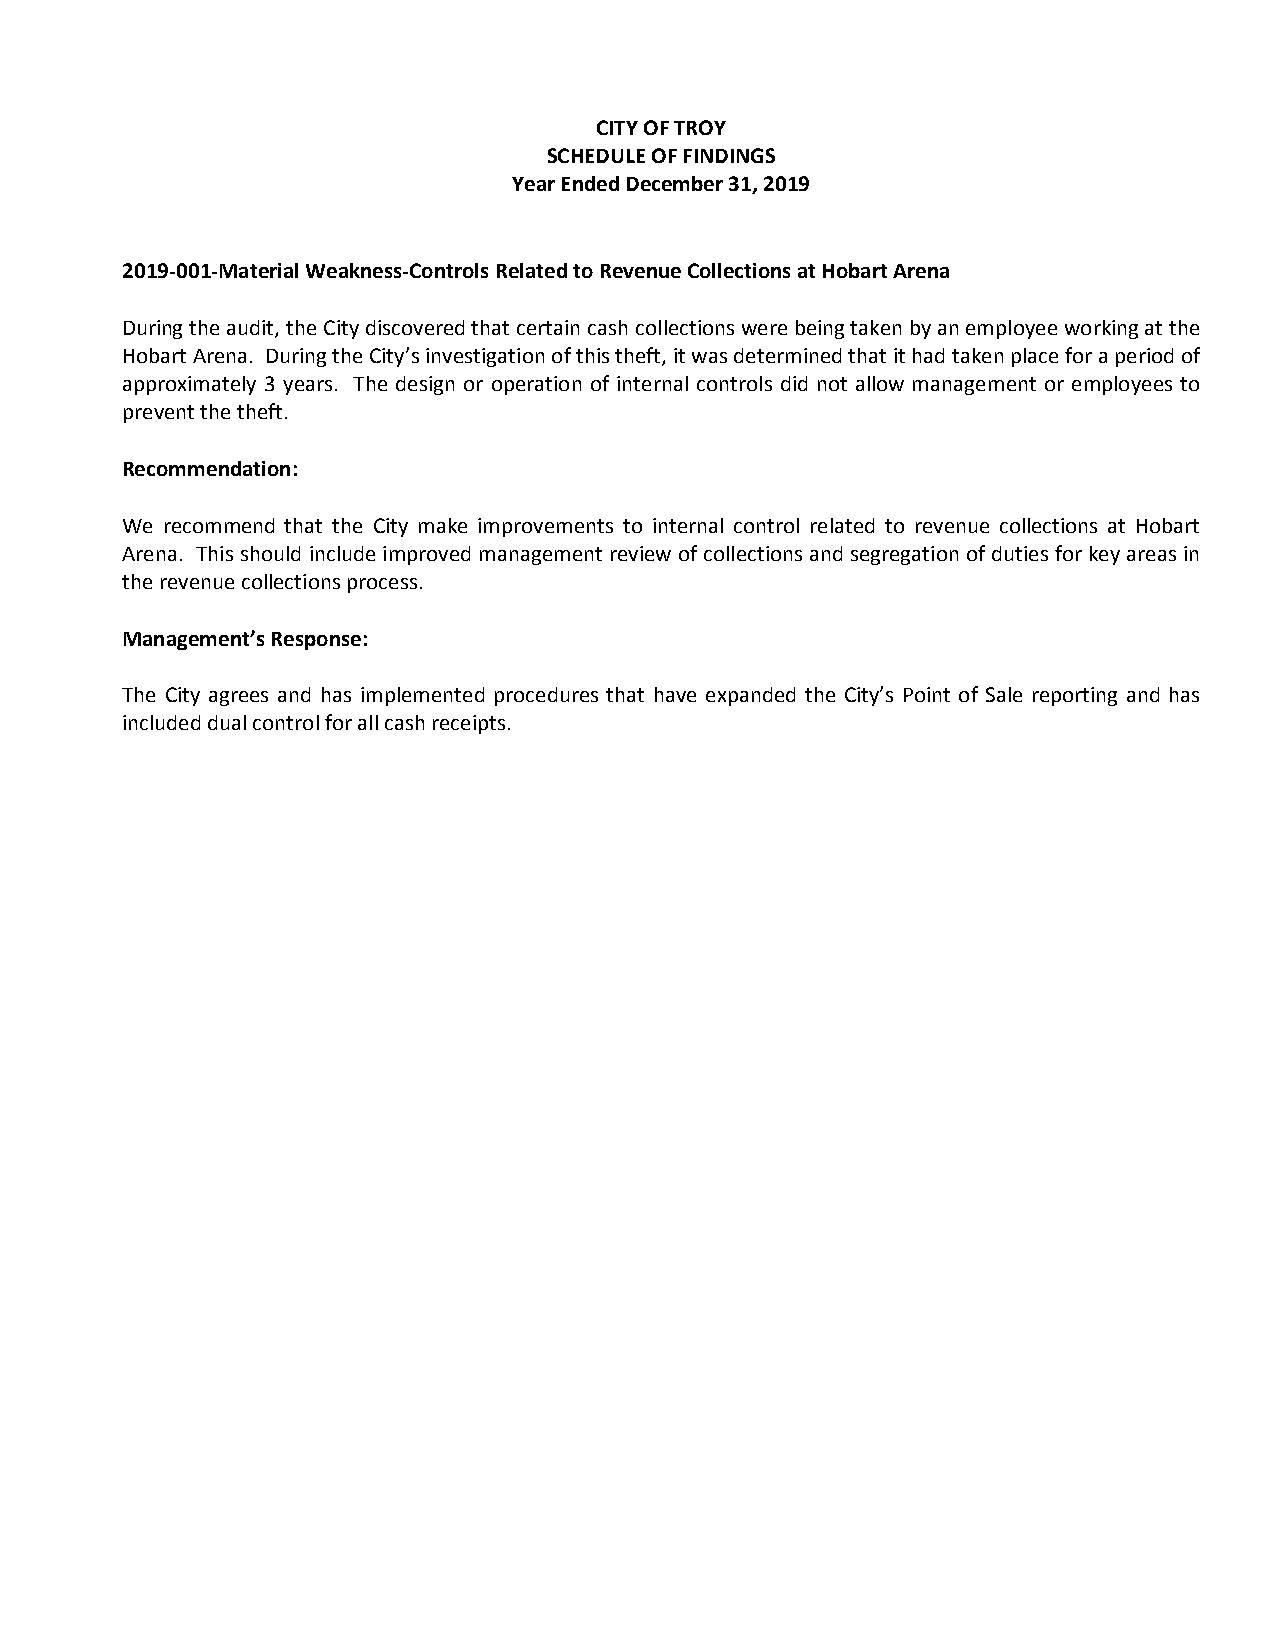
CITY OF TROY
 SCHEDULE OF FINDINGS
 Year Ended December 31, 2019
 2019-001-Material Weakness-Controls Related to Revenue Collections at Hobart Arena
 During the audit, the City discovered that certain cash collections were being taken by an employee working at the
 Hobart Arena. During the City’s investigation of this theft, it was determined that it had taken place for a period of
 approximately 3 years. The design or operation of internal controls did not allow management or employees to
 prevent the theft.
 Recommendation:
 We recommend that the City make improvements to internal control related to revenue collections at Hobart
 Arena. This should include improved management review of collections and segregation of duties for key areas in
 the revenue collections process.
 Management’s Response:
 The City agrees and has implemented procedures that have expanded the City’s Point of Sale reporting and has
 included dual control for all cash receipts.